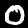
Label: 0